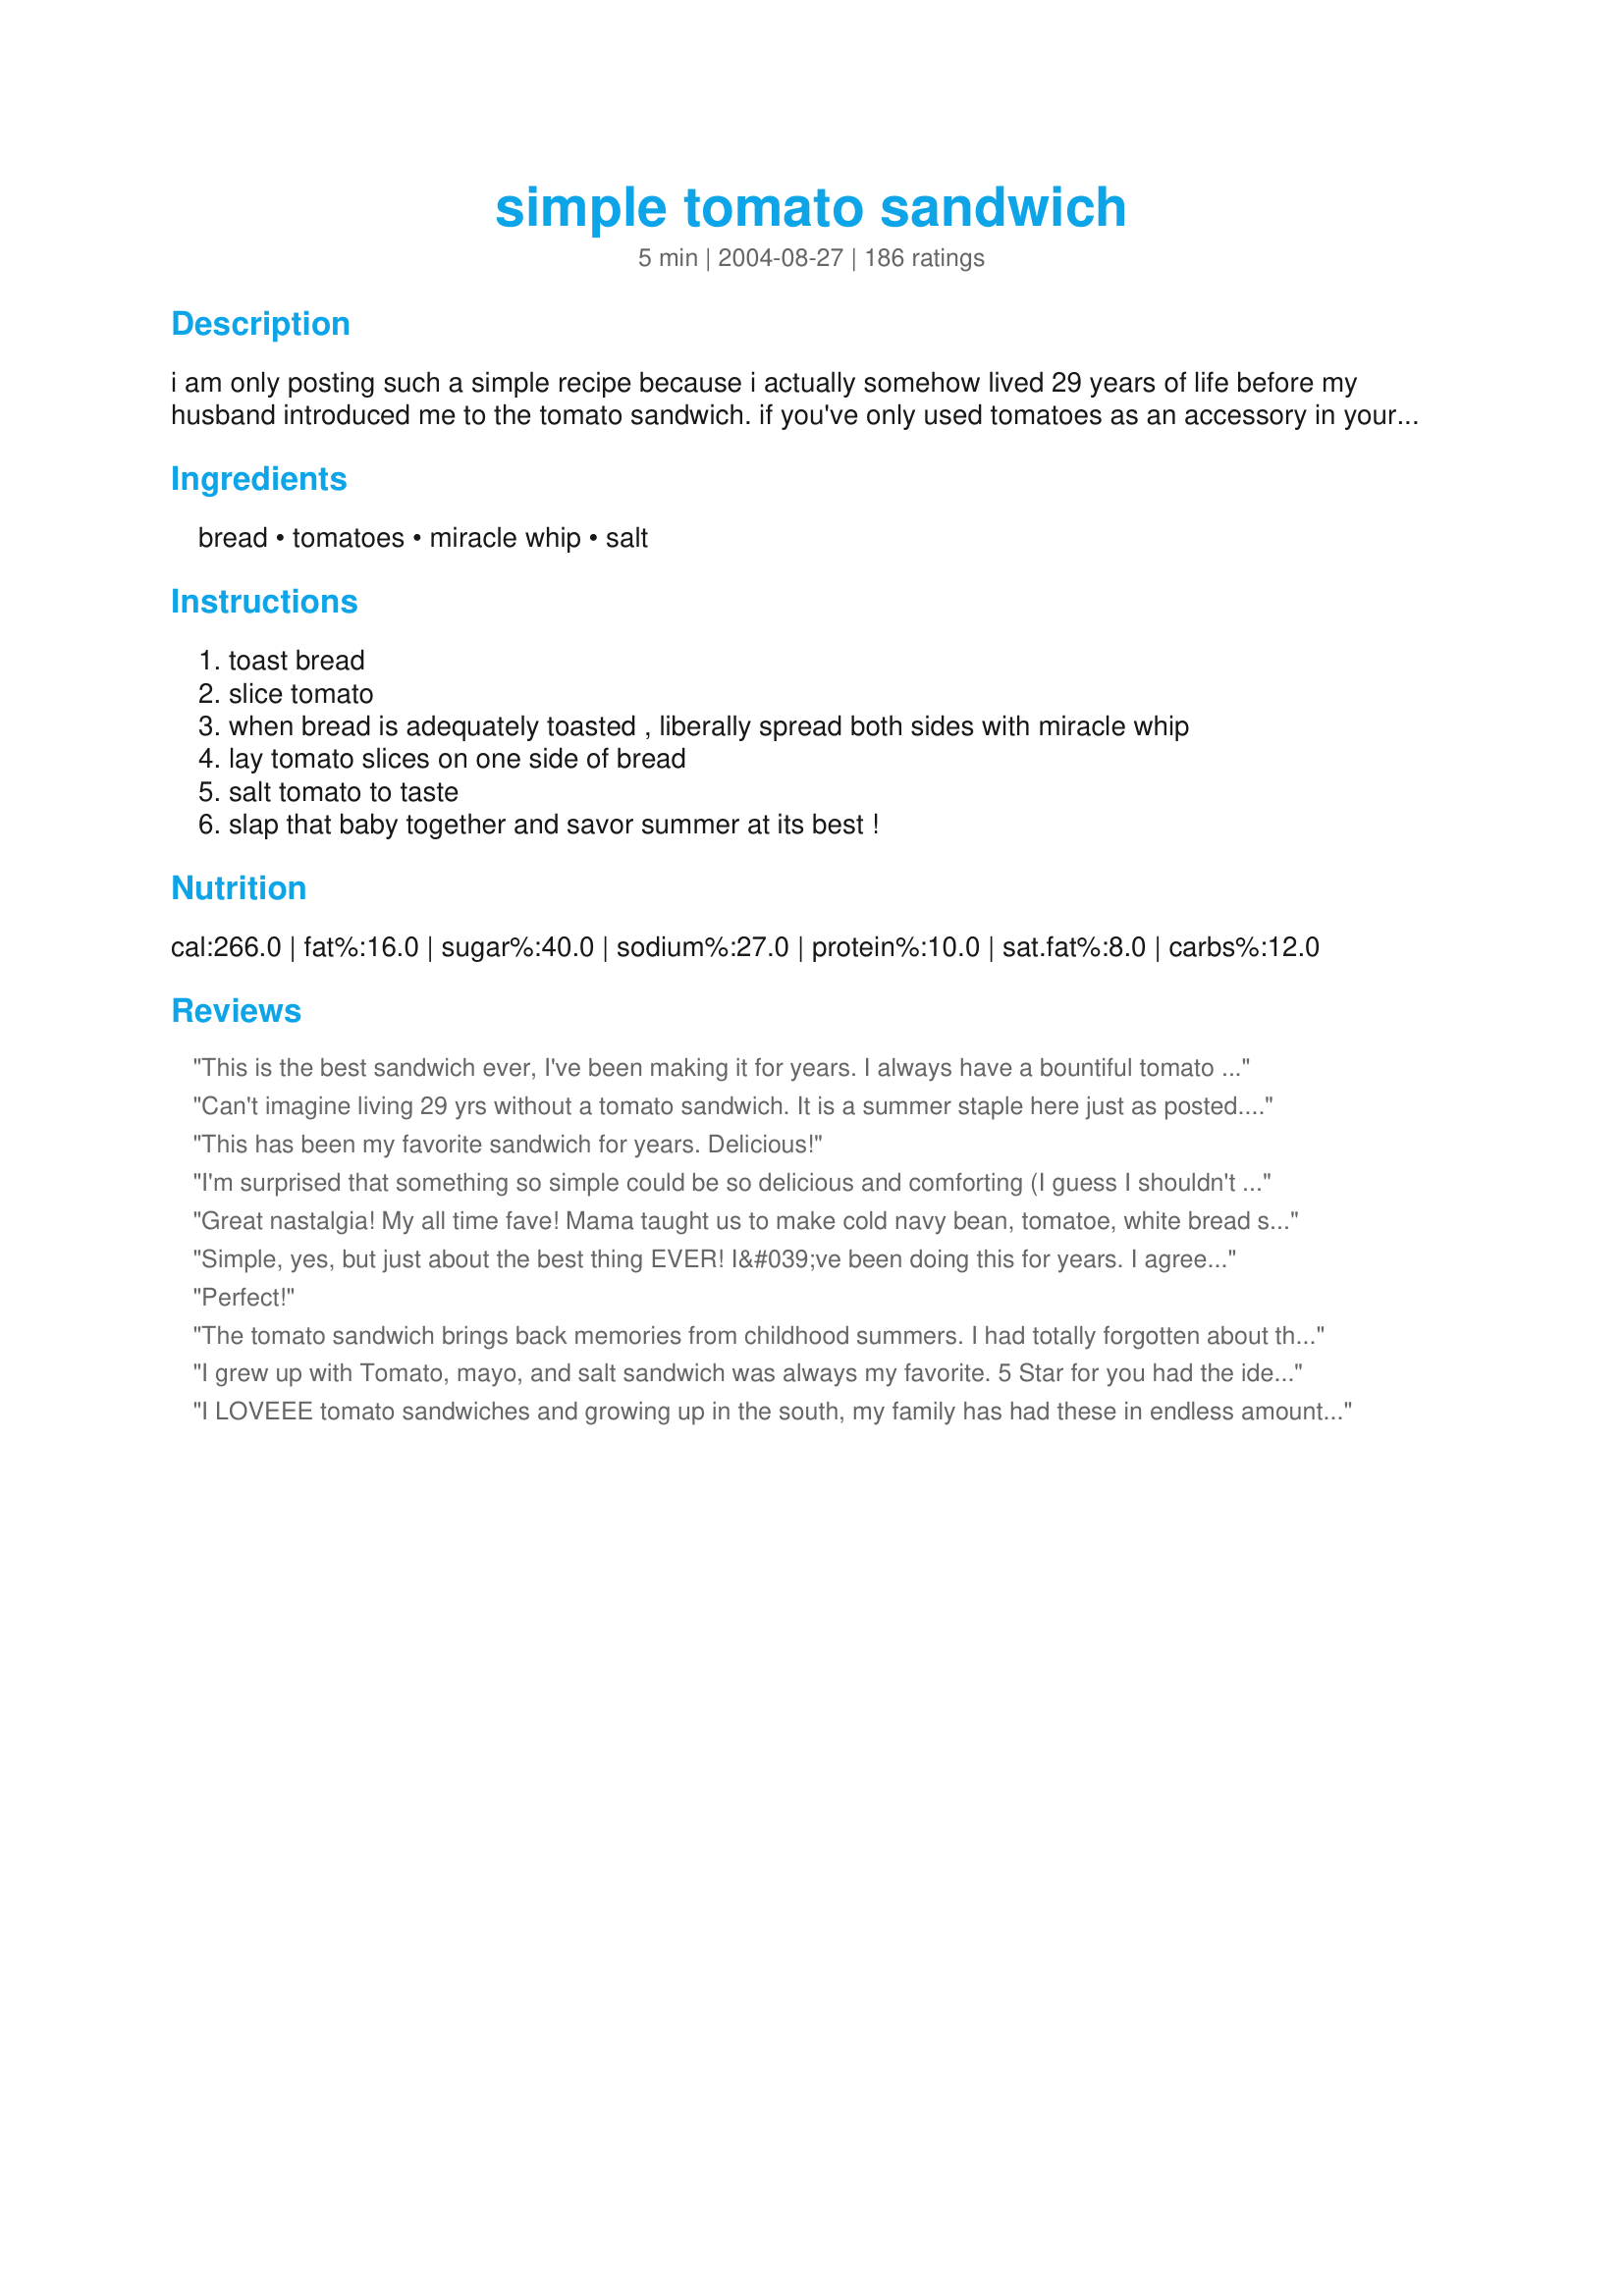
simple tomato sandwich
Preparation time: 5 minutes

i am only posting such a simple recipe because i actually somehow lived 29 years of life before my husband introduced me to the tomato sandwich. if you've only used tomatoes as an accessory in your sandwiches, and not as the featured ingredient, you are truly missing summer as it was meant to be tasted. note: after many years, i have solidly converted to mayo for this sandwich, with fresh ground black pepper too. (oct 2012)

Ingredients:
bread, tomatoes, miracle whip, salt

Steps:
toast bread, slice tomato, when bread is adequately toasted , liberally spread both sides with miracle whip, lay tomato slices on one side of bread, salt tomato to taste, slap that baby together and savor summer at its best !

Reviews:
This is the best sandwich ever, I've been making it for years. I always have a bountiful tomato harvest from my garden, and before I start canning them, the fist ones are always for me and my tomato sandwiches. So simple, yet so completely, heavenly delicious.
Can't imagine living 29 yrs without a tomato sandwich. It is a summer staple here just as posted.....fresh tomatoes, mayo, salt & pepper.
This has been my favorite sandwich for years. Delicious!
I'm surprised that something so simple could be so delicious and comforting (I guess I shouldn't be). I used recipe #229232, sprinkled the tomatoes with salt and pepper, and added a smear of brown mustard on one slice of bread. Served with some soup on the side -- an easy, tasty meal!
Great nastalgia! My all time fave! Mama taught us to make cold navy bean, tomatoe, white bread sammies with Miracle Whip. It is a tough decision on the with or without beans...but I have to say tomato alone wins. Thanks for the salivating memory.
Simple, yes, but just about the best thing EVER! I&#039;ve been doing this for years. I agree, junky grocery store tomatoes are just tasteless and awful once you&#039;ve had a big, homegrown, juicy tomato. Tomatoes burst with flavor! I especially love pretty much any heirloom variety...on a sandwich, with sea salt, fresh cracked peppercorn medley and real Hellman&#039;s mayo (Miracle Whip is an abomination!!!)
Perfect!
The tomato sandwich brings back memories from childhood summers. I had totally forgotten about them! My tomatoes aren't ripe yet, but I plan on heading out to the local farmer's market soon! Thanks for posting.
I grew up with Tomato, mayo, and salt sandwich was always my favorite. 5 Star for you had the idea that I absolutely love! :)
I LOVEEE tomato sandwiches and growing up in the south, my family has had these in endless amounts each summer. So glad to see it up here!
I prefer mine untoasted (fresh and white as rice) and with Hellman's and S&P. Just a matter of taste and what we grew up on. I could eat these 3x's a day.
Nothing better! I add salt and pepper, and a slice of cheese...ohhh yum!!!
I love this sandwich!!! When I was little I would eat mayonaise on toast-my whole family thought I was nuts-but adding a tomato takes it over the top. Thanks for sharing and bringing back old memories!!
LOL!!!! I actually thought I invented this sandwich when I was a teenager! Much to my surprise a friend, years later, was telling me that she just had a yummy tomato sandwich. SHOCK! They are sooooo good! Nothing like homegrown tomatoes! I also thought I invented the banana sandwich with toasted buttered bread. NOT :)
This is simply the best summer food ever, and it's so nice to see I'm not the only one who likes their tomato sandwiches served up like this!
Pepper is a must, I grew up on these too and my hubby loves them. The garden tomatoes are a must too, they really do taste SO much better!!!!
this is my all time favorite sandwich. we grow our own tomatoes and live on this sandwich all summer long!!!
My 5 yr. old DS adored this!!! I did add a slice of american cheese to it, he is a growing boy afterall. Thanks so much for such a tasty easy recipe annlouise!
Oh, I love these diet friendly snacks. I use black bread or stone ground wheat and then toast it. I use mayo or olive oil on the bread and use fresh basil leaves from my garden, pepper and grey poupon if I have that on hand. Try basil it's awesome on tomato sandwiches..I'm getting hungry,,:)
My husband and his 3 brothers grew up eating the fresh tomato sandwich. Their version called for mayo, peanut butter, tomato, and lettuce. He thinks he's in Heaven when the tomatoes are ripe and he can have a tomato sandwich.
I have been eating these for years, the flavor is so good and simple, very refreshing...
Great sandwich but use Hellmans mayo instead. Not a Miracle Whip fan. People are usually in one camp or the other so do to your preferences.
I love this, but instead of Mayonnaise, I use hummus. Yummy
I too have made this more times then I can count. DELICIOUS!!!! You have to make sure you have a high-quality tomato or it's just not worth making this sandwich.
I couldn&#039;t believe my eyes when I saw this pic... I LOVE that you posted this! Nothing but Hellmann&#039;s will do for me, and I eat at least one every day when our fresh local tomatoes show up at the market. Our growing season is so short, I savor every bite knowing it will be a long, long wait for next season, and it&#039;s worth every canker sore!
perfect and simple, thank you!
I love when people post the basics. I was just introduced to them myself. Not something I would have thought of on my own...lol. It's fabulous though. I've been having one every night while my garden is producing :)
Wow, this was delicious! I had just made a loaf of French bread and had some tomatoes from the garden to use up and decided to give this a try. So flavorful. Thanks for posting for those that weren't sure how to make a tomato sandwich :)
I'd forgotten just how much I LOVE tomato sandwiches! I was always the oddball growing up when my mom made BLT's because I would just eat a lettuce and tomato sandwich and leave off the bacon. I haven't had my tomato/lettuce sandwich in years and then stumbled across this recipe. I didn't add lettuce this time (but love it with lettuce as well) and followed the recipe exactly except I added pepper along with the salt. PURE heaven! I had the freshest garden-ripe tomatoes and ate it on whole wheat bread, lightly toasted. YUM!!! Thanks for reminding me of an old favorite!
Cut my teeth on these sandwiches. Food just don't get no better than this!!!!!
I agree with Bliss, as a southern girl, just gimme some Colonial bread, Blue Plate mayo and a garden fresh tomato and I'm happy!!! I will have to try your version sometime though!
Love tomato sandwiches. I want to emphasize no pale mushy or hard grocery store tomatoes. The only mayo I use is Dukes.
Ohhhhhhhhhh By far the absolute best tomato sandwich - and yes the best vine ripened tomato is essential!!!
I always make this on a toasted English Muffin, to die for! and ALWAYS MAYO, Dukes or Hellmans!
smellicious is so right. The proper way to make a mater sandwich is to go out into the garden just before lunch and pick a big, red juicy one that's nice and warm from the sun, reach into the middle of the loaf of white bread and grab the softest pieces, slather DUKES mayonnaise thickly onto both pieces of bread, slice the mater and load it onto the prepared bread. Sprinkle mater with plenty of black pepper, place other piece of mayo laden bread on top. Let the sandwich sit for a few seconds to allow the mayo to kinda soak into the bread and release the tomato juices. Fix yourself a big glass of sweet ice tea, grab some paper towels and go out on the back steps and eat the sandwich. It's not made right if the bread doesn't stick to the top of your mouth (wash down with sweet tea), or mater/mayo juices don't run down your arms...that's what the paper towels are for. Enjoy!
I stumbled across this recently! I'm pregnant and crave these constantly!
Well, what can I say? It does what it says on the tin. I have a glut of toms right now and wanted a snack after my lunch salad (all from my garden as well) has worn off and I was a bit peckish. This hit the spot! As has been said, this must be done with good (preferably your own grown) fresh tomatoes. We don't have Miracle Whip, so I used Helmann's extra light mayo on a bit of ciabata I had in the bread bin. Really tasty!!
I add lots of pepper instead of salt. I've been eating this since I was a kid.
Been eating tomato sandwiches all my life. BLT is even better, just add cooked bacon and lettuce, very good!!! Everybody has their on taste for tomato sandwiches, that's what makes them so good.
i have a college project so does this taste good
I love this sandwich. I add a handful of stemmed baby spinach to it. Tastes much better than lettuce. Cindy
Ironically I just finished tying my tomato plants to their respective stakes in the garden. Your recipe reminded me why I work so hard in the garden all summer. Nothing beats a tomato sandwich with a tomato picked fresh from the garden. Add a little fresh basil and ground pepper for an added treat.
You must not be suthun. You never waste the time to toast that bread, but just slather mayo on good ol' boring white bread; cut a few thick slices of vine ripened STILL WARM TOMATO, add salt and pepper and there you go.

Just make sure you have napkins for all that wonderful juice flowing down your arm.
Love this sandwich. I have had it for years but had never seen a recipe for it. LOL. I will ship this one to my friends and famly. It is 5 star all the way. Thanks for the memory.
Oh yeah baby - just had these for lunch today - in fact we had 2 each - the first was your regular red but the second was a yellow tomato. After so much gourmet endeavors at meal times, this simple forgotten sandwich with fresh homegrown out of the garden tomatoes was out of this world.
There is nothing like a big ripe juicy slice of tomato between to slices of bread, mayo & lettuce one of the best sandwiches ever. Have you ever tried tomato & cucumber sandwiches, they are great too.
Hey, don&#039;t feel bad about missing out for 29 years on this sandwich because I&#039;m 62 and found out about this delicious summertime treat just a few years ago! Absolutely wonderful and really says, &quot;Summer&quot; to me:) I hope everyone will try this while the tomatoes are abundant in the garden because out-of-season tomatoes aren&#039;t even close in taste.
This is my typical summer fare when tomatoes are at their best. I also like to put black pepper and a bit of seasoned salt on it for flavor. Thanks for sharing this classic recipe.
Have always loved tomato sandwiches made this way!!
My Dad and I used to wait all winter for tomatoes from our garden to make these! Thick slices of tomatoes with Hellmans mayo on white bread only (our preference) salt to taste, heaven!!
Are you my daughter in law? I remember when my son introduced her to tomato sandwiches for the first time. She was 29 at the time and I had a garden full of heirloom tomatoes. We like ours with garden fresh tomatoes, especially the beefsteak types like brandywine, black seaman, or kellog's breakfast. Then add mayo, salt and pepper and enjoy a slice of heaven. We like ours open faced. Saves a bit on calories.
i had this everyday last week, i love it!
My Mom made this while we were growing up, and when I'm sick, I still crave it along with a cup of tea. Fresh, ripe tomatoes, mayonnaise, and the most refined white bread you can find come together wonderfully (though I always added a grind of pepper). Some might prefer wheat breads, but cheap, soft white breads don't compete with the tomato. Thanks so much for posting this, Ann Louise!

There is nothing better in this world than a fresh Ripley TN tomato sandwich! Add a few leaves of fresh basil and ONLY Dukes or Hellman's real mayo. Nothing tastes as bad as a sweetened miracle yuck! 
 BTW salt your tomatoes slabs lightly before building your slabwich. Brings out the flavor.
I grew up eating these regularly. Of course, it's at its best during the summer when fresh tomatoes are abundant. However, during the winter I sometimes still have to have a "fix", and will break down and use Roma tomatoes. I agree with an earlier poster that Duke's mayo is the best for these sandwiches....but, I only use Duke's for anything anyway. I do put a good deal of fresh ground pepper on mine too. Though I never buy white bread, I still think these were so good with white bread so fresh it stuck to the roof of your mouth when you bit into the sandwich. YUMMY!!..a life-long favorite of mine! I do ocassionally make a small loaf of white bread just to recall the original delight of these treats. Thanks for posting!
I was just sitting here today thinking I have some pretty fresh tomatoes in my kitchen and it sure is hot outside. I grew up on tomato sandwiches in the Carolinas, but for me it's best with Dukes mayonnaise, lots of black pepper, and on cheap store-bought white bread (you know, the 79-cent stuff from the discount bread store). It doesn't get any better than that!
This is a summer regular by us with only one variation - no salt & instead pepper! We all love it!
Oh wow, yum! Who knew tomatoes could make a good sandwich? Our neighbor gave us a few of thier garden tomatoes, and I wanted to try this since I don't usually have GOOD tomatoes. I used mayo, and wow..who knew? This recipe will make you want to grow your own tomatoes! Thanks for sharing!
Both DH and I had this for lunch today on homemade sourdough honey wheat bread. There is nothing that beats homegrown tomatoes. DH added lettuce to his. There were many summers that this has been a staple in our home. Thanks for sharing.
Last summer when times were HARD --on unemployment --a friend gave us some home grown tomatoes. I made sandwiches for the family for lunch and there was not enough meat for everyone. I had a "simple tomato sandwich" with an added slice of cheese. My dd wanted a bite of mine. The next day, she asked if she could have one of those special sandwiches like we had yesterday! I knew it was special, but I didn't know that her tastes were developed enough to appreciate it!

I grew up on these darlings --mon adds thinly sliced cukes -- not me!
Amen. This is the best. Not even a piece of lettuce to interfer with the flavor. Leaned this at my Mommy's knee. If I am feeling really wicked, I spread on butter before the Miracle Whip.
This is the official summer sandwich of the south. We have been making this sandwich since mayo was invented. Generally, mayo is used and the bread is not toasted. However, I think I'll try it your way. My husband doesn't like Miracle Whip (too tangy) so I guess he'll stick with the mayo....
This is one of my favorite sandwiches and the Miracle Whip adds just the right touch. I sometimes add some baby greens also. Wonderful on toast.
Try it with peanut butter instead of mayo next time and dont forget the pepper. Tomato sandwiches rock.
Mmmm, when I saw this it reminded me how good a tomato sandwich is, and I had to have one RIGHT NOW! Yours is basically the way I make it, too, except that I add a big slice of red onion and sprinkle with pepper and whatever fresh herb I have available--basil, tarragon, dill, chives, oregano or whatever. I'm definitely with you on the Miracle Whip--mayonnaise is a weak substitute.
The best sandwich in the world--maybe even the universe!!! My brothers and I used to have tomato sandwiches all the time when we were kids. Our dad would bring home beefsteak tomatoes he bought from a little mom and pop store that was located near a tomato field--so the tomatoes were really incredible! A single slice from one of those huge tomatoes, on whole grain bread, with a little mayo...and we had the perfect lunch! Thanks for posting this wonderful recipe annlouise!!!
I grew up on these! Absolutely delicious with tomatoes just out of the garden.
I grew up in the country eating these with tomatoes fresh from our garden in the summer. Love it on soft, white bread, lots of Dukes mayo, salt and pepper. And the poster is absolutely correct...this is not the same with grocery store tomatoes...go to a farmers market or grow your own. The taste is unbelievably different!
I make these all the time and they are wonderful. I use a low calorie bread and light mircle whip so it is good for a diet.
My favorite summer sandwich! Try it on San Francisco style Sourdough bread..the tangy bread is a great contrast to the sweetness of the tomato...and lots of black pepper too. I like butter as a spread, but I've also used ranch dressing. MMmmm
There needs to be a 10-star rating, because this is just about the most delicious thing I've ever shoved in my face. Hellman's mayo and some salt and pepper and this is just heaven. IMHO, there's no need to toast the bread, and the whiter and more refined, the better.
This is the taste of summer! If you are out of bread, a tortilla wrapper can be substituted. Oh yes, and I add some freshly ground pepper.
I don't have a vegetable garden of my own, but I picked up a few tomatoes at an Amish farm stand recently with this sandwich on my mind. It's one of the best things about summer. I agree with the consensus, this sandwich is all about the tomato, and a supermarket-bought variety, even those pretty ones, won't do. I also prefer white bread for this one - I don't want to be tasting delicious bread here - and I use mayo, just because I was raised eating tomatoes with mayo rather than MW. If you've made it this far without trying one, you should - you'll never drive past a farm stand again, unless you're lucky enough to have a garden full of tomatoes at home.
I don't eat bread, but every summer when the tomatoes are ripe, I can eat this with a whole loaf of Wonder White Bread and lots of mayonnaise all by myself!
I've been eating these since I was a kid and was just having one now and wondering if anyone else eats toasted tomato sandwiches, so I googled it! I love that I found this post! I love mine on toasted sourdough with pink Himalayan salt and cracked pepper...and a generous amount of mayo too of course!
Please also try this with slices of extra sharp cheddar cheese! Don't try to use any of those processed cheese slices.
My favorite sandwich from childhood (learned from "Harriet the Spy" book). I love it with cracked wheat, too.

Roxygirl
I am a vegan and I am totally obsessed with plain toasted tomato and avocado sandwiches (vegan mayonnaise is rotten and I have no idea what miracle whip is!)
i personally never heard of a sandwhich that only consisted of tomato and mayo. i was intrigued to try so i did. and omg it is delicious! so simple yet soooo good. will have this many times i'm sure.
So cute to see a tomato sandwich recipe here...LOVE it!!!
This can be absolutely fabulous with the right tomatoes. I like to use a good, rich cheese bread and toast it. Put on a good amount of mayonaise, with a little salt and pepper, and you've got yourself a tasty treat.
Sorry to post again, but I forgot to say: Toasting the bread is not necessary..depends on your individual taste. I prefer soft, chewy bread!
On hot summer days when the tomatoes are at the peak of perfection nothing beats a tomato sandwich. My first taste of this was at a friend's house and she always bought Dukes mayonnaise so every summer I get a small jar of Dukes just for this. They are best when eaten while still wet from the lake or pool :-) For the Vegans, I knew someone who ate these with mustard and loved every bite just as much. I also sometimes put a thin slice of vadalia onion on this if in season and when out of mayo butter is good too. I don't miss the heat but I do miss summer's bounty.
i slapped a piece of cheese on this (like i do pretty much everything) and oh wow! very good. AND I HATE TOMATOES!
I love fresh tomatoes!! Great use. We found a wonderful produce place here in Florida, but I try to avoid mayo due to diet restrictions. Mustard has no calories and works well too.
I'm giving it four stars instead of five only because I tried this recipe with regular white bread and the tomatoes made my bread soggy. The second time, I let my tomato slices drain on a paper towel first and was much happier with the result.
made this tonight because my neighbor gave me some of the best tomatoes I have ever had and this hit the spot. Couldn't taste any better. Thanks for a wonderful recipe that is simplicity at it's best.
Nothing beats a good mater sandwich.In Louisiana we have the best creole tomatos from May-July. Here it is December and craving a good tomato. In a pinch I have found that a good cannned tomato(salt free)will satisfy that crave. Add a little sea salt, pepper lots of mayo and it will get you to creole mater season.
This is one of my favorite sandwiches, wether hot toast or cold bread. MMMMMMM....I never knew aout tomato sandwiches until I got married, and I thought my husband was so weird, but now I joined the weirdo and love these! THanks for posting this!
Undoubtedly one of the great flavor combinations of all time. Annlouise, you married well!
When I make one of these, Miracle Whip is the only way to go. I sometimes sprinkle a little balsamic vinegar on the tomato slices while waiting (impatiently) for the bread to toast. Also, pepper is a must.
I have been eating these for more years than I want to say. We always grow tomatoes in the summer, and this is my favorite way to eat them...I love mine on fresh bread, not toasted with or without cheese. Must be best foods Mayo.. It&#039;s a race between my hubbie and I for the first tomato of the season for a fresh tomato sandwich.
When we lived in Ga. there was a roadside stand that sold tomato sandwiches made the same as your recipe except they added sliced sweet Vidalia onion. I had many of these. Thanks for posting.
Takes me back to my childhood when I used to eat these and that is a long time ago! Had one of these sandwiches for lunch today. Simplicity at it's finest. Thanks for bringing back memories and for posting this recipe, Annlouise.
How can something so simple be so delicious? Well, this sandwich moves to the head of the class in my opinion, it's just wonderful. I use a good heavy-grained bread spread with mayonnaise. Add nice thick slices of tomatoes off the vine, sprinkle with salt and pepper and you're good to go. Thanks annlouise for posting, what is to be my favorite sandwich of summer.
Is there anything better? I used to eat these sandwiches all of the time when I was a kid. I couldn't wait for fresh tomatoes from our garden so I could have one of these sandwiches. And this is the only thing I will eat with Miracle Whip!
These are delicious sandwiches! I've been making them for years with toasted bakery style white bread, spread with butter and Miracle Whip Salad Dressing on both sides (decadent), with our garden fresh tomatoes or in the winter I use the store-bought tomatoes on the vine! For seasoning, I sprinkle the tomatoes with a little kosher salt and freshly ground pepper. In the summer I make a meal out of these sandwiches and recipe #147254. Hot buttered corn on the cob and toasted tomato sandwiches are great together. Thanks for posting. :) Burnice
Remember the kids' book, Harriet the Spy? Well, this was what Harriet ate every day for lunch. No wonder she was one of my childhood heroes!
This is one of my favourites:) I don't know if you would like it but I sometimes put a little dijon mustard also...
I make this w/wheat bread, Miracle Whip, a nice thick slice of tomato, American cheese &amp; lettuce. Salt &amp; pepper are a must. So good!
I started making these because I was hungry for a BLT but had no B or L. For me toasted bread is better because it soaks up the juices.
Delicious! The epitamy of summer and growing up out in the country. Can't wait for my tomatoes to ripen so I can have one of these again. (they are extra good with a couple slices of crispy bacon added as well.)
I have been eating these since I was a kid. Good even without mayo.
I loath mayonnaise but make my tomato sandwich with yellow mustard. I have several mayonnaise detesting friends that use mustard as a substitute.
Sweet simplicity.
As of this review I'm 43 years old. This is my first ever tomato sandwich. I can't believe what I've been missing out on!!! It makes me want to cry! LOL
I used soft, white bread as it was all I had. The tomato came from a farmers market just this afternoon and was room temp. I used regular mayonnaise , Miracle Whip isn't a favorite ..
A TINY sprinkling of salt ... and oh my gosh ... within , literally, about 3 minutes , I was back in the kitchen making another one.
My husband is 47 ... today he also had his very first tomato sandwich. His comments mirror mine. LOL We don't want summer to end, now that we've tasted this fabulous sandwich!!!
I did see a different one, but it called for onion and I didn't want onion gunking up my tomato taste ... so very glad I saw this one!!
Thanks so much for posting!!
Thanks so much for posting!!
Heading is correct this is so simple. I've been eating tomato sandwiches for years. This is perfect for a quick lunch. The bread was so fresh I didn't think it needed toasting, so I didn't and I added black pepper as well. Thank you anniouise
We had a super abundance of beautiful slicers from just 2 plants, as well as BUCKETS from the Romas. I recall this sandwich as a kid, sitting on the back steps. We used the new sandwich thins, exactly the right size for 2 thick slices of tomato. Maybe I should go check the garden for 1 more -- NOW! Thanks for the reminder, annlouise
A reviewer is so right!! The ones in the store do taste like plastic. The best kind of tomato for a TRUE FLAVOR OUT OF HEAVEN is a homegrown one that is full vine ripe! My father always had a big garden and I grew up eating plain old tomato sandwiches - bread, sliced tomato, mayo, salt and pepper. But I never toast my bread. The softness of the bread helps in the flavor. In our area in the southeastern USA tomatoes are in season in the month of July. We go to a "pick-your-own" garden patch where four varities are grown. You just can't beat the flavor of a tomato sandwich with lots of black pepper. Annlouise, thanks for a memory.
The taste of this sandwich brings back memories of summertime growing up. My mom would pick fresh tomatoes from our garden and make us fresh tomato sandwiches for lunch, or sometimes just a yummy snack! They're the best thing ever! I agree that homemade bread is the best choice, but I like just plain ol' white, and I don't toast it. It's SO GOOD!! Thanks for posting this great recipe and bringing back fond memories.
Ingenious! Whenever I've craved a sandwich, but had no meat options, I would sulk and opt for something else - but who ever would've thought to just have a tomato sandwich?! And it's perfect because you only get the best part - the tomato and mayo! I must've had 3 of these today after finding this recipe...
All I can say is THANK YOU! I ate these sandwiches ever since I could remember! I find it ironic that this is the best summer sandwich, but I'm eating it right here in February. Thank you. (:
I've been eating tomato sandwiches all my life. This recipe is right on. I usually use store bought white bread with dukes mayonnaise, and plenty of salt and pepper. Home grown tomatoes off the vine are key. Home made bread is so much better though. Sourdough is supreme.
You all just do not know what you have been missing if you have not tried this one. You really cannot improve on it but...a couple of avocado slices go nice with it also. Only Miracle Whip will do!!!
This is THE best sandwich EVER! I grew up eating these but sadly,only in the summer when you can get tomatoes fresh from the garden.I don't toast my bread. When I worked,I would take these for lunch and get alot of doubting looks. The only bad part is that you have to eat it fast or else it falls apart. Thanks!
I never would have thought of this combo, but it was fantastic and I can't wait to have it again. I made an open-face version of it with 1 slice of whole wheat bread, 1 Tbsp of Hellmann's light mayo, and a sliced roma tomato. It was a great snack for around only 150 calories!<br/><br/>Edit: Forgot to give it five stars!
Bliss! I got fresh tomatoes & multigrain bread from our local farmer's market. I had one for lunch today, then went back and made another. I plan on eating it for dinner, too. Wish I hadn't waited so long to try this recipe!
Simple Goodness! Very nice change from a heavy sandwich!
This is one of my favorites of all times. Love tomatoes! This is what I am having for lunch tomorrow!
i just made one of these, except used garlic salt instead of regular salt. Awesome taste! and so simple to make!
thankssssssss i dnt knw anythg abt cookng bt wanted to do smthng special for my parents......n itss really simpleeeee ......
This one I can definitely say I've made hundreds of times....one of my favourite sandwiches when the tomatoes are in season. I don't use quite so much mayo but this is pretty much how I make mine. Sometimes I add crispy leaf of lettuce. Yum....
Pure perfection. A juicy Jersey tomato, homemade bread, Miracle Whip!, a little salt and some fresh ground pepper. Yum!
I am in 7th heaven right now. I read this recipe and had to have one right now. It is about 2:30 a.m. and I am lovin it. Thanks for posting this. I would never have thought a tomato sandwich would be this good. I made no substitutions. Great as is.
This sandwich is truly one of summer's finest pleasures, though I eat em' all year long of course. Miracle Whip is my spread of choice. Healthy, inexpensive, juicy, and delicious.
My great-grandmother made thisand it is a family tradition. So good and brings back memories.
Another great addition to this sandwich is slices of fresh, crisp cucumber. They add a nice crunch!
This is my hubby and youngest sons favorite sandwich. They do not toast the bread. One likes it with Miracle Whip and the other with mayonnaise.
I found this is an excellent sandwich with garden tomatoes. Store (greenhouse)tomatoes are just tasteless and have the wrong texture. I've found a garden tomato with some shredded fresh basil works really well for this recipe.
I love tomato sandwiches...This is how I make many lunches during "Ruskin" tomato season. I do only make these sandwiches with the ruskin tomatoes though. Just not the same with any other tomato.
Love the sandwich, but will go into the garden with just a salt shaker, for a nice ripe tomato...I know about washing it, but we live in the country and hope for the best!<br/>Agla
Just wonderful!
LOL !! My friends at work always give me 'stares' when I tell them how much I LOVE tomato sammiches. The suggestion for the toasted fresh bread is classic! I do like to add a bit of fresh cracked peppercorn to mine. ...Good to see their are other Tom-Sammie lovers out there... Ãœ
Excellent! I found this recipe maybe 1 week ago and I've made it 4 times since. This is the perfect meal for those I'm starving, need something fast and delicious moments. I agree with the homemade bread suggestion. I tried store bought and homemade, they both taste great but homemade knocked it outta the ball park.
Yummmmy! The best sandwich ever.. just add a piece of cheese!
I'm 57 years old and have had them every summer since I was old enough to eat...yum! Must have with fresh tomatoes from the garden; any ones garden. No you can't gain weight on them. Yes, you will think of them in the deepest cold of winter....Even then, they will put a smile on your face and make you feel as if the sun has come out...:)
Delicious!!!!!!
Oh yes! Tomato sandwiches are great. I usually add a little bid of ground pepper and sometimes a little onion. Yummy!!!
I, too, went unto adulthood without every eating a tomato sandwich. Now I live off them in the summer!
i love these i can't wait for summer to roll around so i can eat them i also add pepper...mmmmmmmmmmm mmmmmmm
Who needs the bacon or lettuce?? I love the simple things in life...give it another 5 stars for me! ;-)
Excellent. So simple but so good. I didn't toast my bread (personal preference). Great sandwich, thanks for the recipe! Will definitely be making again.
Thank you for a terrific reminder of my childhood. Put the bread in the toaster and go pick a tomato from the garden, still warm from the sun. Mayo is my preference and on fancy days, some pepper. Toasted tortillas are a suitable alternative to regular toast. Pure summer bliss!
I made this recipe today on half bagel and honestly I have to say its super delish. My daughter was making a plain bagel and I told her that it taste really good so she took a bite and said were my tomatoes ....this for sure will be one of my favorite sandwiches...thankyo for sharing.
I must jump on the "love it!" bandwagon. Nothing better than a fresh tomato sandwich. Definitally keep the napkins handy!
Thanks annelouise for bringing back memories of summer's simplicity!! My grandparents have always had a garden in thier backyard and tomatoes were always abundant! I now carry the torch of tending the garden and I plant Beefsteak tomatoes. 

I pick em' fresh from the garden, give em' a good rinsing then I toast Brownberry Health Nut Bread (which is such a hearty wheat bread and has pieces of walnuts in it), smooth on the Miracle Whip and sprinkle salt and course ground black pepper on both sides of the sliced Beefsteak Tomatoes & make me a big, fat Tomato sandwich!!

Just whip up some flavored ice tea (I like Tazo Passion, Wild Sweet Orange & China Green Tea Tips mixed together), and all I can say is Whoooooooo Baby!! 

Makes me hate summer only comes once a year in Michigan and only lasts about four months!! I movin' down South!! ;^}



Try this one out with hard boiled eggs sliced on top and lots of pepper, too. It's my favorite summer combo especailly when the tomatoes are warm from the garden!
This is an AWESOME way of enjoying Garden Tomatoes. I grew up eating these very sandwiches as a child. Thanks for posting this recipe and letting others in on a wonderful "Summer Sandwich".
 
Marla
This is one of my favorite sandwichs! My grandma is the one who first told me about it. I do 2 things different however, I toast the bread and put a slice of american cheese.
Just gotta add my 5 stars to everyone else's! I love tomatoes and this just hit the spot. Thanks =)
I can't agree more about tomatoes from my garden and used this way. We are Helmanns fans though.
It doesn't get any better! I prefer mine open-faced on a multi-grain bun with Hellman's Light and a sprinkling of freshly ground sea salt & black pepper. Thanx Annlouise!
my favorite sandwitch, nothing better than home grown tomatoes!
There is definitely something special about the simple tomato sandwich. I remember being introduced in my childhood while over at my neighbours house for lunch. I came across this recipe and decided to revive the old favourite and tried it as written. It is absolutely important to use home grown or the best quality tomatoes you can find in the store that are still on the vine. I used the miracle whip option but I must say I wasn&#039;t impressed. I&#039;m not really a mayo fan either (personal taste). For me, I like my tomato sandwich on fresh, untoasted buttered bread and a bit of salt and freshly ground pepper. I&#039;m not giving stars as my preference is too different from the original recipe, but thanks for reminding me of an old favourite!
I've been loving on these for 55 summers! My Mom ate them all the summer she was pregnant with me, so I guess that's where my love of them came from! White bread, good Indiana tomatoes, Miracle Whip &amp; salt. What's not to love?? :)
My daughter mentioned a twist on this tomato sandwich, using cream cheese instead of mayo or sandwich spread. She said she had it for breakfast at a neighbor's house and gave rave reviews!
My son just had this at a brunch where he used a bagel with cream cheese and tomatoes and he loved it. If the tomatoes are good, it's good!
I have been eating this sandwich for years, one of my favorite! Look forward to the vine rippened tomatoes each year to be able to have this sandwich.
This is great as is, but I added some left over Recipe #186965 on top and it was so darn good, I made myself another! I made with a whole wheat roll, then toasted the whole thing. I just might add some cheese the next time around! Milt
The key to the perfect tomato sandwich is. Slice the tomato about 1-2 hours ahead of time, lay them out on a piece of paper towel (gets rid of some excess moisture) sprinkle the slices with salt, pepper and oregano. When ready to make them, slap those babies on some mayo'd bread...you will notice the difference.
This is my second favorite tomato sandwich (tomato & peanut butter on toast being first). You're right about not using store bought tomatoes - I think they're plastic and meant only for decoration. Although the sandwich is wonderful as posted, sometimes I'll add a slice of sweet onion and maybe a slice of american cheese. Oh, and black pepper, freshly cracked. Can't forget that!
I have been eating this since I was a little girl. In the summer, I make this 2-3 times a week for lunch. It is my favorite sandwich. Now my kids love it. Try the same idea with cucumbers! This is really great too.
With all due respect, this is called "Tomato Toast"!!! Nothing tops this ole country favorite for vine fresh tomatoes. This has been a favorite of mine since my dad introduced it to me oh so long ago. I like to butter (real) the toast before putting on the miracle whip, liberally salt and pepper my thinly sliced, warm fresh tomatoes and savor this open faced. (That way I get 2 heavenly slices) Enjoy!!
GREAT! Don't forget the kosher salt and black pepper!
Ahh yeah! Tomatoes fresh off of the vine with fresh bread and mayonnaise made into a sandwich can't be beat! I look forward to the time of year when I can have this sandwich, and have been doing so for many years. It is nice to know that there are others that enjoy it as well. I do the same with young tender cucumbers and sometimes make a combination cucumber tomato sandwich. Simple, but oh so good.
oh yeah!!!!!!! this is awesome, I like to add a sweet vidalia onion sometimes too. MMMmmmm.
Thinly sliced Cuban or Italian Bread, toasted with olive oil, garlic and tomato or mayo, garlic and tomato...YUMMM!!!!!!!..you must try with tiny minced garlic.
I ate tomato sandwiches as a kid, Its right up there with a BLT!!! I lean more towards the mayo(Hellmans) and not the light kind either than anything else.I know it was probably my grandmother that got me started on 'em. I think they came about while you were eating BLT'S and you ran out of bacon. White bakery bread was usually the bread of choice too !! It feels good to know there are other people out there who love the simple things in life just like I do .
It doesn't get much better than this!
OK, how could I have lived 44 years, and grown my own heirloom toms, and not have had this before! Like a BLT without the B&L! I used Best Foods mayo (as I might have mentioned, I am from a Best Foods/Hellman's house!) I also used San Francisco sour dough bread. YUMMY!!!!
This is one of my favorite sandwiches in the summer, and has been since I was a child. I also add a slice of American cheese to my sandwich, and only use very ripe, homegrown tomatoes. Heaven!
I'm 74 and I was raised on the delicious tomato sandwich. My favorite of all time......
Simple, delicious and easy to make! I love it with the bread toasted, and the creamy mayo with just a dash of salt. I'm in heaven!
AMEN!!!! This sandwich has been a staple in my family growing up and my dad's family as well. Every summer, towards the end of August, my dad's huge Mennonite family rents a lakeside Bible Camp for the weekend for a giant family gathering and all the aunts who grow tomatoes bring them by the boxful. The standard breakfast at these gatherings is toast'n'tomatoes. (One year, we had the gathering in June and the biggest complaint was the lack of tomatoes for breakfast!!) Try toasted bread with just butter and a thin slice of sharp cheddar cheese -- and don't forget the pepper!
Tomato sandwiches are THE BEST! I agree that the taste of the tomatoes make a big difference in the taste. I personally prefer miracle whip and I also add some black pepper. Also, for me, the bread must be toasted with margarine.
My husband's favorite summer sandwich. A classic!
My favorite summer sandwich! I grew up eating tomato sandwiches. Dukes or Hellmans mayo is a must, fresh ground salt & pepper, and I prefer mine on bread that is not toasted. For an added yum - slice some garden fresh green bell peppers and add them to the sandwich. Can't go wrong! Delish!
Believe it or not, I am eating a tomato sandwich right now! LOL!! White bread, Hellman's mayo, plump tomato slices, salt and pepper. The best ever!
Grew up with this most wonderful sandwich. Hellmans mayonnaise was always a must along side dads homegrown beefsteak tomatoes. Nothin better.
I've been making these for awhile now too, people always give me weird looks when I just put tomato slices on my bread but it's SO GOOD! Try it with the Hot N' Spicy Miracle Whip, it gives it extra flavor.
I have eaten tomato sandwiches since I was a little girl. I also use peanut butter instead of mayo and I have added bacon to the tomato and p &amp; b. Good stuff!!!!
Not something I would expect from a gourmet chef's restaurant, but any recipe that has me eating it less than 5 minutes after seeing the recipe deserves way more than 5 stars (and 3 sandwiches at that)! Everyone has their personal favorite bread (I prefer squishy, white bread like Wonder), but don't usually toast mine unless making a blt or club). Warm tomatoes are a law and I would only use home-grown garden tomatoes (or bought ones if the bought ones were heirloom type). I go with mayo and no salt for me- just sopping up the tomato juices from the slices onto the bread before adding the mayo. I learned this recipe from my dad, who was a depresson-era child, but kept his love for the simple things always. Sometims simple is best, and at that here's 5 more stars for your collection!
SO GOOD! I usually use heirloom tomatoes - last time I added a piece of havarti cheese and a little pesto mayo. YUM!!!!
I ve been eating these for years. I love it on a toasted bagel with a sprinkle of garlic powder salt and pepper.
One of the only reasons I grow tomatoes in summer is for tomato sandwiches. I've always loved these!! Also good with a slice of provolone cheese...but huge slices of tomato!
this is so simple and delicious. pepper, mayo, and salt are all you need.sometimes i add a peice of lettuce just to make it taste even fresher!
I have loved these for years using Louisiana Creole tomatos with mayonaise. Recently tried with pickled okra and it really brought out the mater taste. Up a notch when I thought that it could not get any better.
Love this sandwich. My mother made it for me when I was small. I make it for my kids, too. Everyone should try this.
